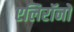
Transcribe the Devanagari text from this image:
एलिरॉनों